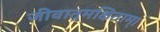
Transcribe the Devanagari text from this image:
जीवातुमक्षिताम्।